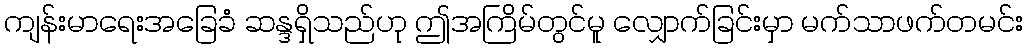
ကျန်းမာရေးအခြေခံ ဆန္ဒရှိသည်ဟု ဤအကြိမ်တွင်မူ လျှောက်ခြင်းမှာ မက်သာဖက်တမင်း